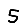
Digit: 5